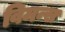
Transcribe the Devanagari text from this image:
विमन्स